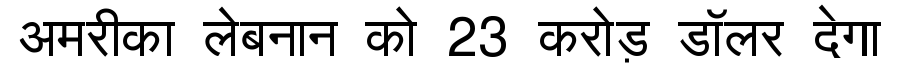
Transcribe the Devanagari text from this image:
अमरीका लेबनान को 23 करोड़ डॉलर देगा